Annual statistical returns and brief notes on vaccination in Bengal - 1909-1929
Year: 1909
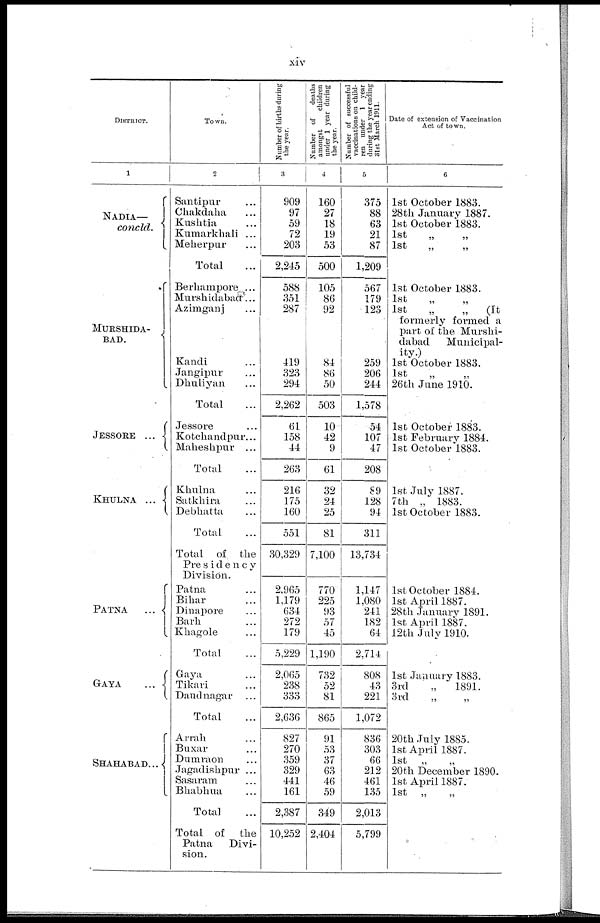
xiv
DISTRICT.
1
NADIA—
concld.
MURSHIDA-
BAD.
JESSORE
...
KHULNA
...
PATNA
...
GAYA
...
SHAHABAD...
Town.
2
Santipur ...
Chakdaha ...
Kushtia ...
Kumarkhali ...
Meherpur ...
Total ...
Berhampore ...
Murshidabad ...
Azimganj ...
Kandi ...
Jangipur ...
Dhuliyan ...
Total ...
Jessore ...
Kotchandpur...
Maheshpur ...
Total ...
Khulna ...
Satkhira ...
Debhatta ...
Total ...
Total of the
Presidency
Division.
Patna ...
Bihar ...
Dinapore ...
Barh ...
Khagole ...
Total ...
Gaya ...
Tikari ...
Dandnagar ...
Total ...
Arrah ...
Buxar ...
Dumraon ...
Jagadishpur ...
Sasaram ...
Bhabhua ...
Total ...
Total of the
Patna
Divi-
sion.
Number of births during
the year.
3
909
97
59
72
203
2,245
588
351
287
419
323
294
2,262
61
158
44
263
216
175
160
551
30,329
2,965
1,179
634
272
179
5,229
2,065
238
333
2,636
827
270
359
329
441
161
2,387
10,252
Number of
deaths
amongst
children
under 1 year during
the year.
4
160
27
18
19
53
500
105
86
92
84
86
50
503
10
42
9
61
32
24
25
81
7,100
770
225
93
57
45
1,190
732
52
81
865
91
53
37
63
46
59
349
2,404
Number of successful
vaccinations on child-
ren under 1 year
during the year ending
31st March 1911.
5
375
88
63
21
87
1,209
567
179
123
259
206
244
1,578
54
107
47
208
89
128
94
311
13,734
1,147
1,080
241
182
64
2,714
808
43
221
1,072
836
303
66
212
461
135
2,013
5,799
Date of extension of Vaccination
Act of town.
6
1st October 1883.
28th January 1887.
1st October 1883.
1st
„ „
1st
„
„
1st October 1883.
1st „ „
1st
„
„
(It
formerly formed a
part of the Murshi-
dabad
Municipal-
ity.)
1st October 1883.
1st
„
„
26th June 1910.
1st October 1883.
1st February 1884.
1st October 1883.
1st July 1887.
7th „ 1883.
1st October 1883.
1st October 1884.
1st April 1887.
28th January 1891.
1st April 1887.
12th July 1910.
1st January 1883.
3rd
„
1891.
3rd
„
„
20th July 1885.
1st April 1887.
1st „
„
20th December 1890.
1st April 1887.
1st „
„